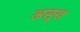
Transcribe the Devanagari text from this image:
असूख